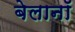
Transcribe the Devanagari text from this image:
बेलानॉ